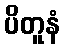
ပိတူနံ